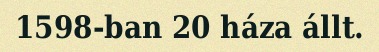
1598-ban 20 háza állt.